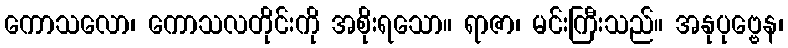
ကောသလော၊ ကောသလတိုင်းကို အစိုးရသော။ ရာဇာ၊ မင်းကြီးသည်။ အနုပုဗ္ဗေန၊